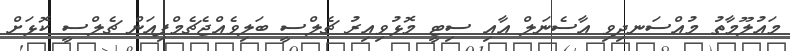
މައުލޫމާތު މުއްސަނދިވި އާސެނަލް އާއި ސިޓީ މޮޅުވިއިރު ޗެލްސީ ބަލިވެއްޖެޗެމްޕިއަން ޗެލްސީ ކޮޅަށް